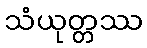
သံယုတ္တဿ